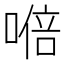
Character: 𭉩